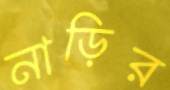
নাড়ির